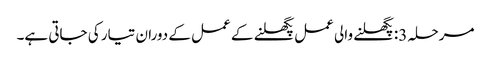
مرحلہ 3: پگھلنے والی عمل پگھلنے کے عمل کے دوران تیار کی جاتی ہے۔